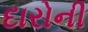
દારોની